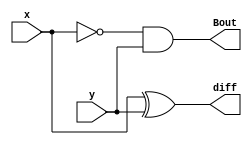
`timescale 1ns / 1ps
// Module Name: HalfSub
module HalfSub(x,y,diff,Bout);
input x,y;
output diff,Bout;

assign diff = x^y;
assign Bout = ~x&y;
endmodule